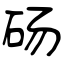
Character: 砀